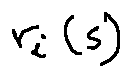
r _ { i } ( s )